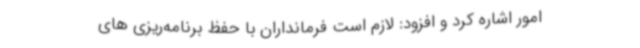
امور اشاره کرد و افزود: لازم است فرمانداران با حفظ برنامه‌ریزی های